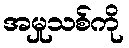
အမှုသစ်ကို